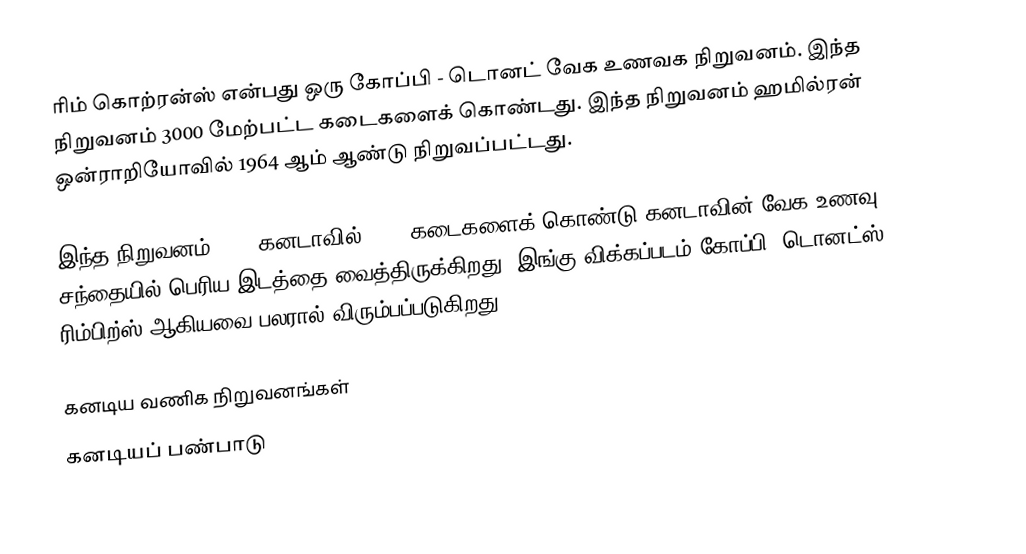
ரிம் கொற்ரன்ஸ் என்பது ஒரு கோப்பி - டொனட் வேக உணவக நிறுவனம்.  இந்த நிறுவனம் 3000 மேற்பட்ட கடைகளைக் கொண்டது.  இந்த நிறுவனம் ஹமில்ரன் ஒன்ராறியோவில் 1964 ஆம் ஆண்டு நிறுவப்பட்டது.

இந்த நிறுவனம் 2007 கனடாவில் 2733 கடைகளைக் கொண்டு கனடாவின் வேக உணவு சந்தையில் பெரிய இடத்தை வைத்திருக்கிறது.  இங்கு விக்கப்படம் கோப்பி, டொனட்ஸ், ரிம்பிற்ஸ் ஆகியவை பலரால் விரும்பப்படுகிறது.

கனடிய வணிக நிறுவனங்கள்
கனடியப் பண்பாடு